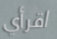
اقرأي